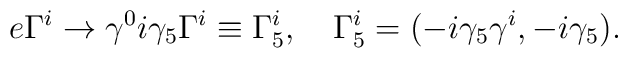
e\Gamma^i\to \gamma^0i\gamma_5\Gamma^i\equiv \Gamma_5^i,\quad\Gamma_5^i=(-i\gamma_5\gamma^i, -i\gamma_5).